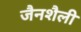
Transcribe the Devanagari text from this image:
जैनशैली